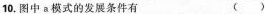
10.图中a模式的发展条件有 （）